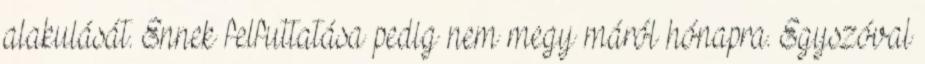
alakulását. Ennek felfuttatása pedig nem megy máról hónapra. Egyszóval